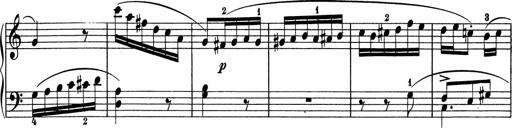
Title: 5 Sonatinen fÃ¼r die Jugend
Composer: Carl Reinecke